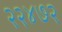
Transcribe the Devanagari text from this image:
२२४७२